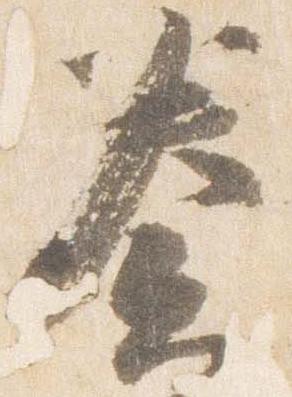
奏